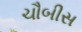
ચૌબીસ